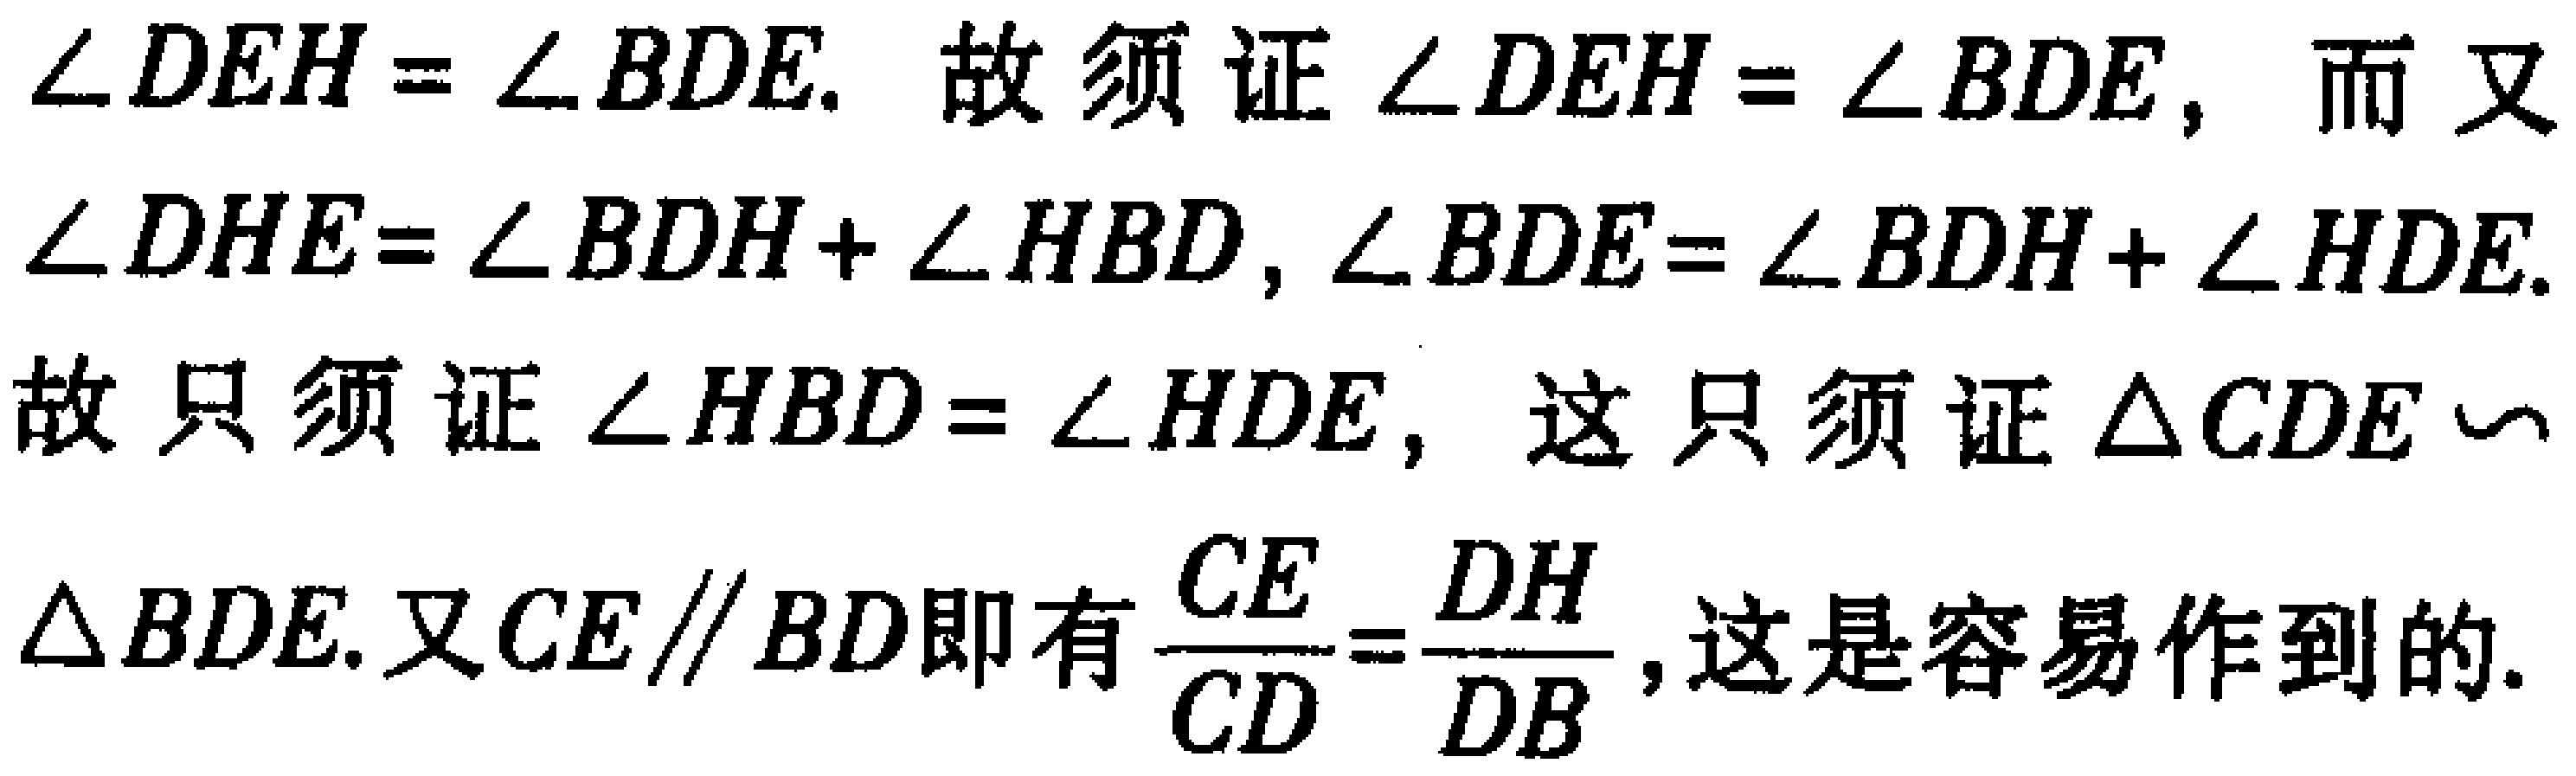
$\angle DEH = \angle BDE.$ 故须证 $\angle DEH = \angle BDE$, 而又 $\angle DHE=\angle BDH + \angle HBD, \angle BDE=\angle BDH+\angle HDE.$ 故只须证 $\angle HBD = \angle HDE$, 这只须证 $\triangle CDE \backsim$ $\triangle BDE$. 又 $CE \parallel BD$ 即有 $\frac{CE}{CD}=\frac{DH}{DB}$, 这是容易作到的.